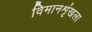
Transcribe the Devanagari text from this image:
विमानशृंखला